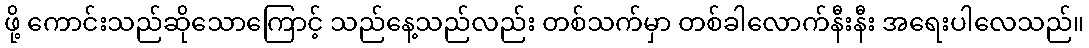
ဖို့ ကောင်းသည်ဆိုသောကြောင့် သည်နေ့သည်လည်း တစ်သက်မှာ တစ်ခါလောက်နီးနီး အရေးပါလေသည်။